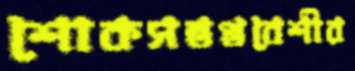
শোকসন্তপ্তবেশীর